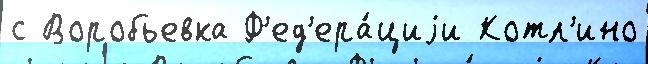
с Воробьевка Ф'ед'ера́циjи Котл'ино